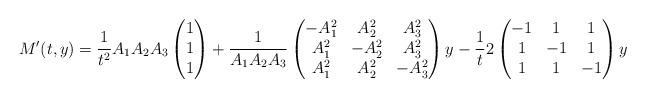
LaTeX: \begin{align*}M'(t, y)= \dfrac{1}{t^2} A_1 A_2 A_3\begin{pmatrix}1\\1\\1\end{pmatrix}+ \dfrac{1}{A_1 A_2 A_3}\begin{pmatrix}-A_1^2 & A_2^2 & A_3^2 \\A_1^2 & -A_2^2 & A_3^2 \\A_1^2 & A_2^2 & -A_3^2\end{pmatrix}y-\dfrac{1}{t} 2\begin{pmatrix}-1 & 1 & 1\\1 & -1 & 1\\1 & 1 & -1\end{pmatrix}y\end{align*}